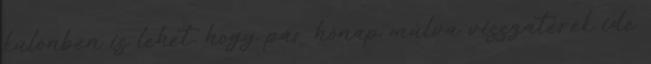
különben is lehet, hogy pár hónap múlva visszatérek ide